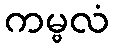
ကမ္ဗလံ